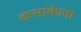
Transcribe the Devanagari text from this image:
कसाकेला